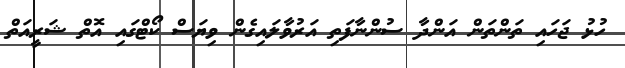
ހުޅު ޖަހައި ތަންތަން އަންދާ ސުންނާފަތި އަރުވާލައިގެން ވިޔަސް ކޯޓްގައި އޮތް ޝަރީއަތް